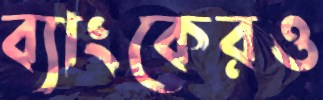
ব্যাংকেরও